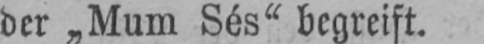
der „Mum Sés“ begreift.